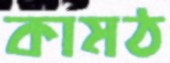
কামঠ